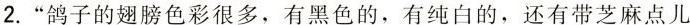
2. ”鸽子的翅膀色彩很多，有黑色的，有纯白的，还有带芝麻点儿